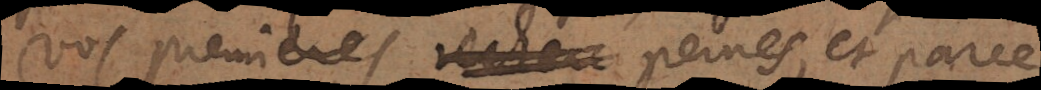
vos premieres recherc peines, et parce